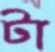
টা